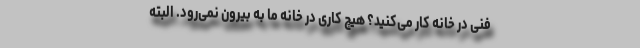
فنی در خانه کار می‌کنید؟ هیچ کاری در خانه ما به بیرون نمی‌رود. البته